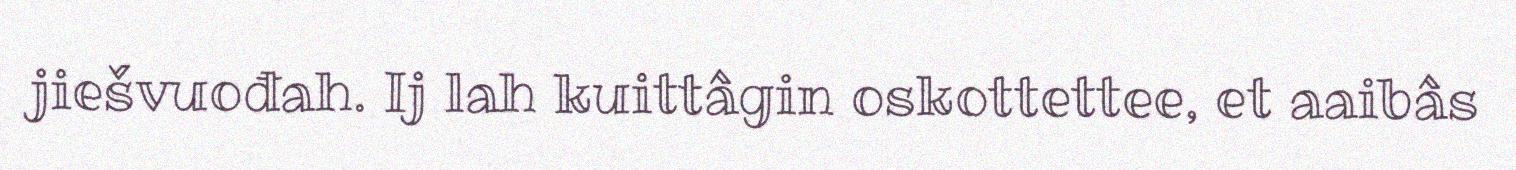
jiešvuođah. Ij lah kuittâgin oskottettee, et aaibâs